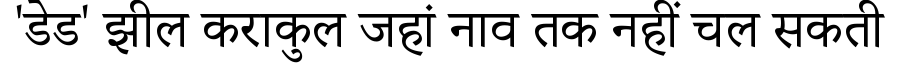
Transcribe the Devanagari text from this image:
'डेड' झील कराकुल जहां नाव तक नहीं चल सकती